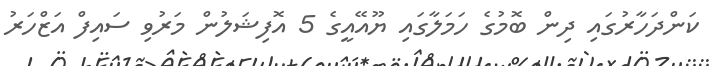
ކަންދަހާރުގައި ދިން ބޮމުގެ ހަމަލާގައި ޔޫއޭއީގެ 5 އޮފިޝަލުން މަރުވި ސައިފް އަޒްހަރު